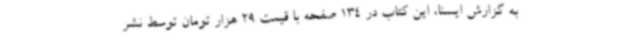
به گزارش ایسنا، این کتاب در 134 صفحه با قیمت 29 هزار تومان توسط نشر